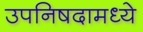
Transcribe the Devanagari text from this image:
उपनिषदामध्ये